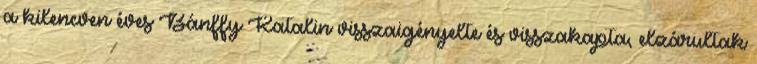
a kilencven éves Bánffy Katalin visszaigényelte és visszakapta, elzárultak